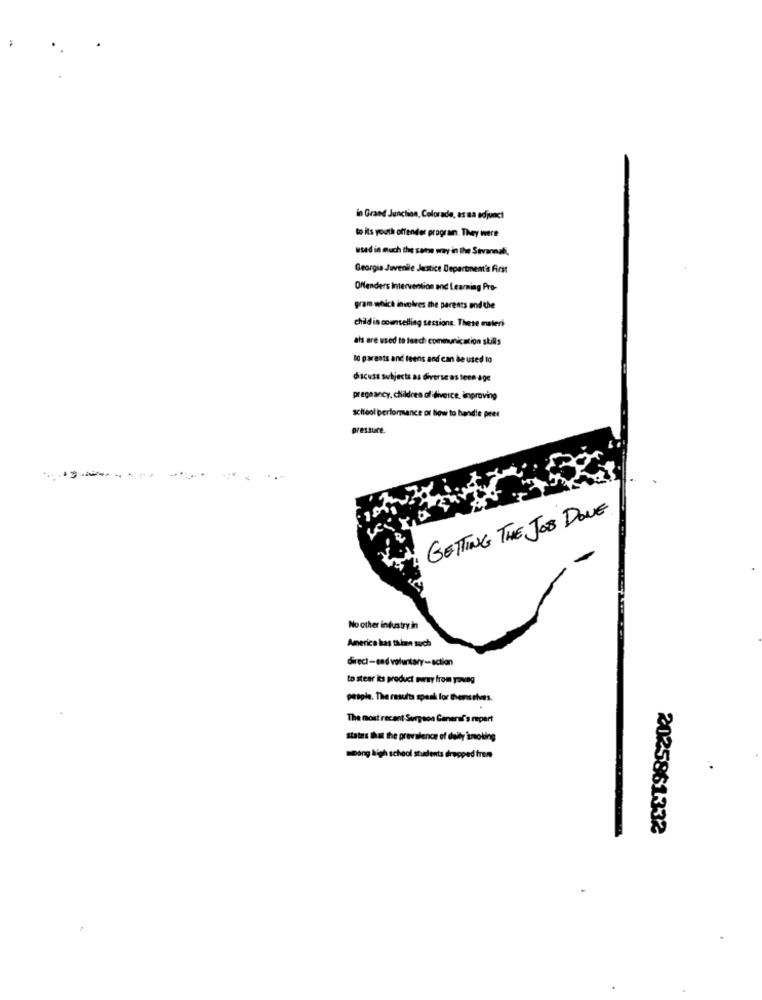
in Grand Junction, Colorado, as aa adjunct
to its youth offender prograin. They were
used in much the same way in the Savannali.
Georgia Juvenile Justice Department's First
Offenders Intervention and Learning Pro-
gram which involves the parents and the
child in counselling sessions. These materi
als are used to lunch communication skills
to parents and teens and can be used to
discuss subjects as diverse as teco age
pregnancy, children of diverce, improving
school performance or low to handle peer
pressure.
GETTING THE JOB DONE
No other industry in
America las talan such
direct-and voluntary-action
to stear its product mowy from young
people. The results speak for themselves.
The most recent Surgeon General's repart
states that the prevalence of daily ismoling
moang high school students dropped from
2025861332